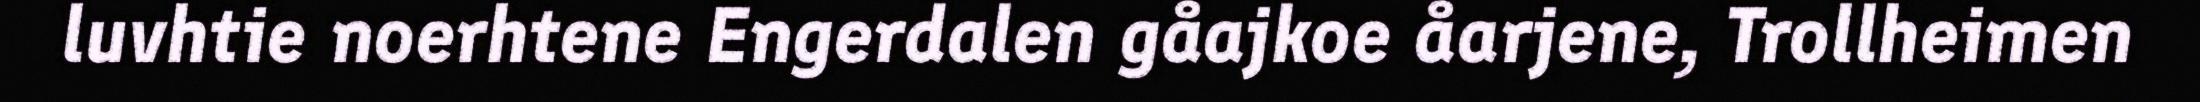
luvhtie noerhtene Engerdalen gåajkoe åarjene, Trollheimen